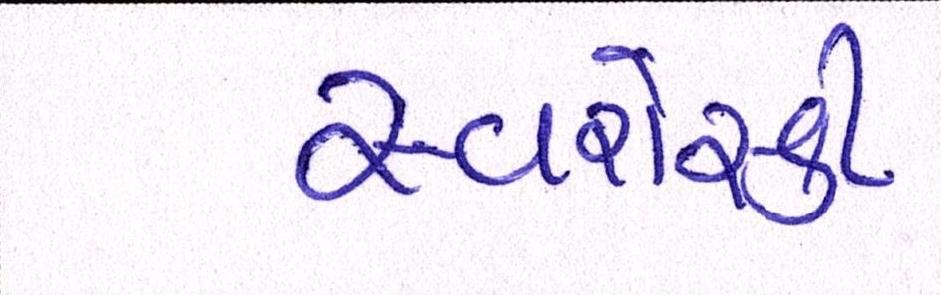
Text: સ્વરોસ્કી